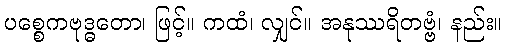
ပစ္စေကဗုဒ္ဓတော၊ ဖြင့်။ ကထံ၊ လျှင်။ အနုဿရိတဗ္ဗံ၊ နည်း။